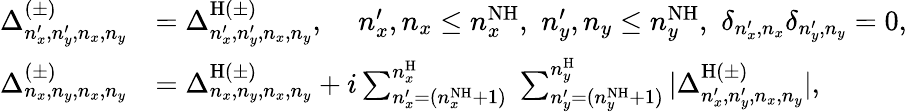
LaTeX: \begin{array}{rl}{\Delta_{n_{x}^{\prime},n_{y}^{\prime},n_{x},n_{y}}^{(\pm)}}&{=\Delta_{n_{x}^{\prime},n_{y}^{\prime},n_{x},n_{y}}^{\mathrm{H}(\pm)},\, \, \, \, \, \, \, n_{x}^{\prime},n_{x}\leq n_{x}^{\mathrm{NH}},\, \, n_{y}^{\prime},n_{y}\leq n_{y}^{\mathrm{NH}},\, \, \delta_{n_{x}^{\prime},n_{x}}\delta_{n_{y}^{\prime},n_{y}}=0,}\\ {\Delta_{n_{x},n_{y},n_{x},n_{y}}^{(\pm)}}&{=\Delta_{n_{x},n_{y},n_{x},n_{y}}^{\mathrm{H}(\pm)}+i\sum_{n_{x}^{\prime}=(n_{x}^{\mathrm{NH}}+1)}^{n_{x}^{\mathrm{H}}}\; \sum_{n_{y}^{\prime}=(n_{y}^{\mathrm{NH}}+1)}^{n_{y}^{\mathrm{H}}}|\Delta_{n_{x}^{\prime},n_{y}^{\prime},n_{x},n_{y}}^{\mathrm{H}(\pm)}|,}\end{array}